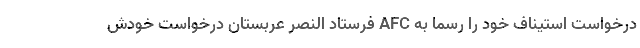
درخواست استیناف خود را رسما به AFC فرستاد النصر عربستان درخواست خودش